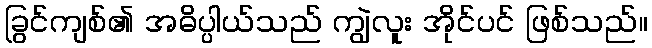
ခြွင်ကျစ်၏ အဓိပ္ပါယ်သည် ကျွဲလူး အိုင်ပင် ဖြစ်သည်။